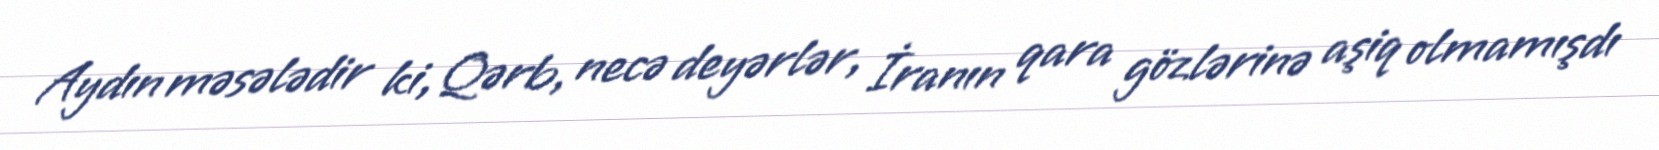
Aydın məsələdir ki, Qərb, necə deyərlər, İranın qara gözlərinə aşiq olmamışdı